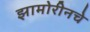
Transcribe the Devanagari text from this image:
झामोरीनचे